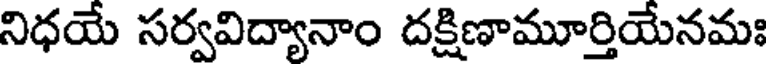
నిధయే సర్వవిద్యానాం దక్షిణామూర్తియేనమః